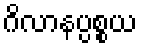
ဂိလာနပ္ပစ္စယ